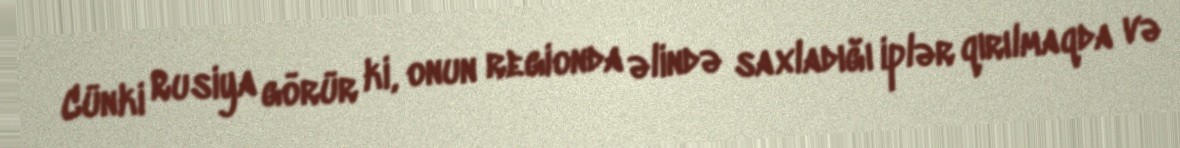
Cünki Rusiya görür ki, onun regionda əlində saxladığı iplər qırılmaqda və